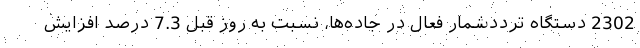
2302 دستگاه ترددشمار فعال در جاده‌ها، نسبت به روز قبل 7.3 درصد افزایش